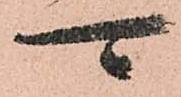
可